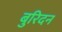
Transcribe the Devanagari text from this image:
बुरिदन